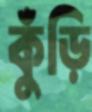
কুঁড়ি